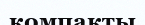
компакты